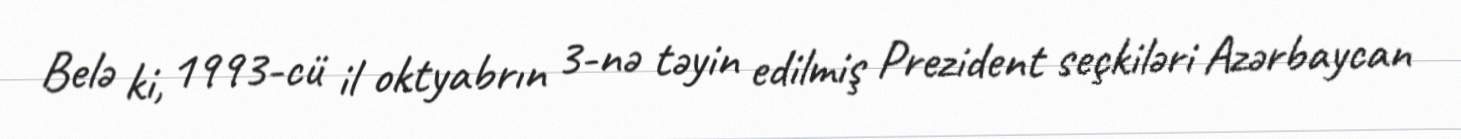
Belə ki, 1993-cü il oktyabrın 3-nə təyin edilmiş Prezident seçkiləri Azərbaycan